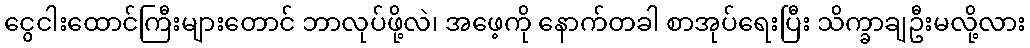
ငွေငါးထောင်ကြီးများတောင် ဘာလုပ်ဖို့လဲ၊ အဖေ့ကို နောက်တခါ စာအုပ်ရေးပြီး သိက္ခာချဦးမလို့လား